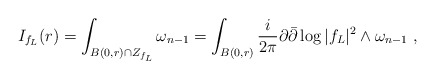
\begin{align*} I_{f_L}(r)=\int_{B(0,r)\cap Z_{f_L}} \omega_{n-1}=\int_{B(0,r)} \frac {i}{2\pi}\partial\bar\partial\log |f_L|^2 \wedge \omega_{n-1}\ ,\end{align*}